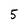
Character: 5